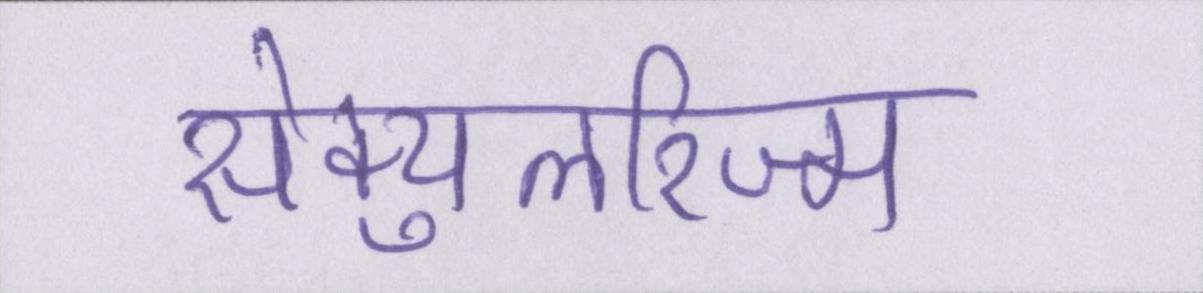
सेक्युलरिज्म